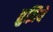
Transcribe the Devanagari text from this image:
तुझिये